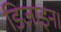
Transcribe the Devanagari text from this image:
डिज़ाइन।